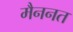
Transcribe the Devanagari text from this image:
मैननत